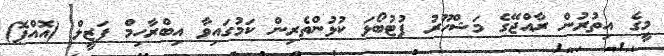
މީގެ އިތުރުން ރާއްޖޭގެ މަޝްހޫރު ފުޓުބޯޅަ ކުޅުންތެރިން ކަމުގައިވާ އިބްރާހިމް ފަޒީލް (އޮއްޕޮ)